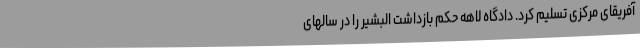
آفریقای مرکزی تسلیم کرد. دادگاه لاهه حکم بازداشت البشیر را در سالهای